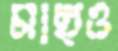
মাছও